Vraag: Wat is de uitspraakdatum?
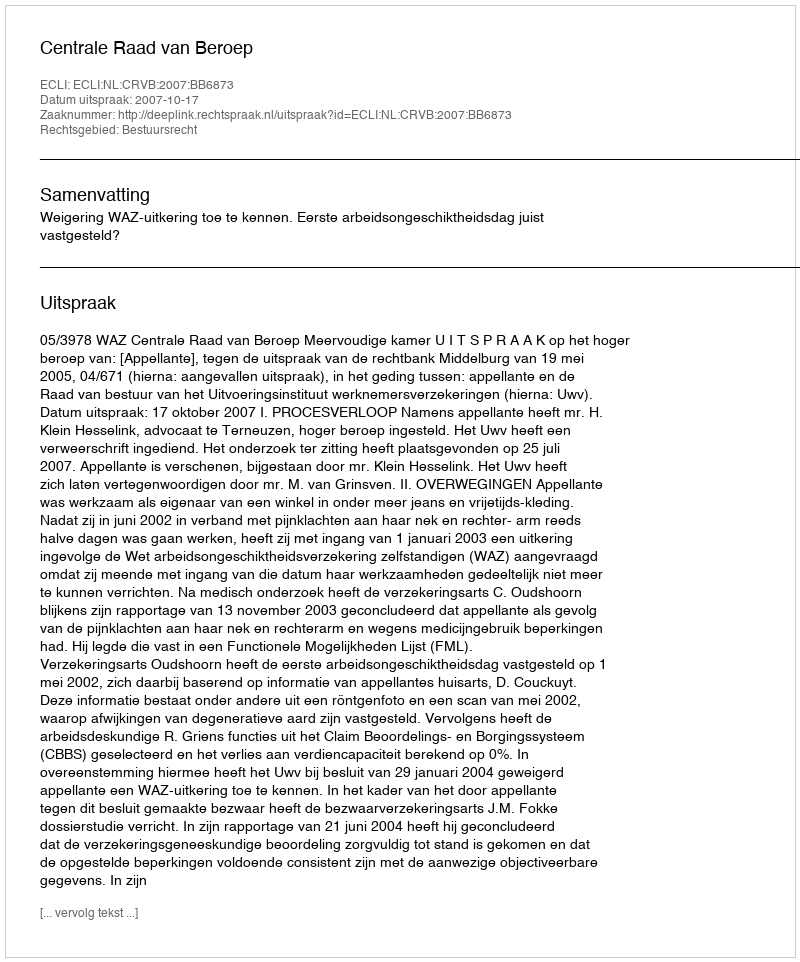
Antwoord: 2007-10-17